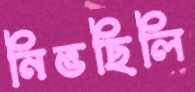
নিভছিলি